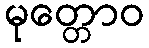
မုတ္တောဝ